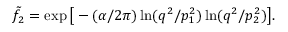
\tilde { f } _ { 2 } = \exp \big [ - ( \alpha / 2 \pi ) \ln ( q ^ { 2 } / p _ { 1 } ^ { 2 } ) \ln ( q ^ { 2 } / p _ { 2 } ^ { 2 } ) \big ] .